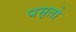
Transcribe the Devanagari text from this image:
पस़तो